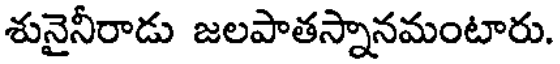
శునైనీరాడు జలపాతస్నానమంటారు.